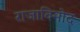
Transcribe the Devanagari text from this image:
राजाविनोद